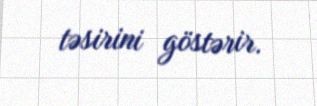
təsirini göstərir.